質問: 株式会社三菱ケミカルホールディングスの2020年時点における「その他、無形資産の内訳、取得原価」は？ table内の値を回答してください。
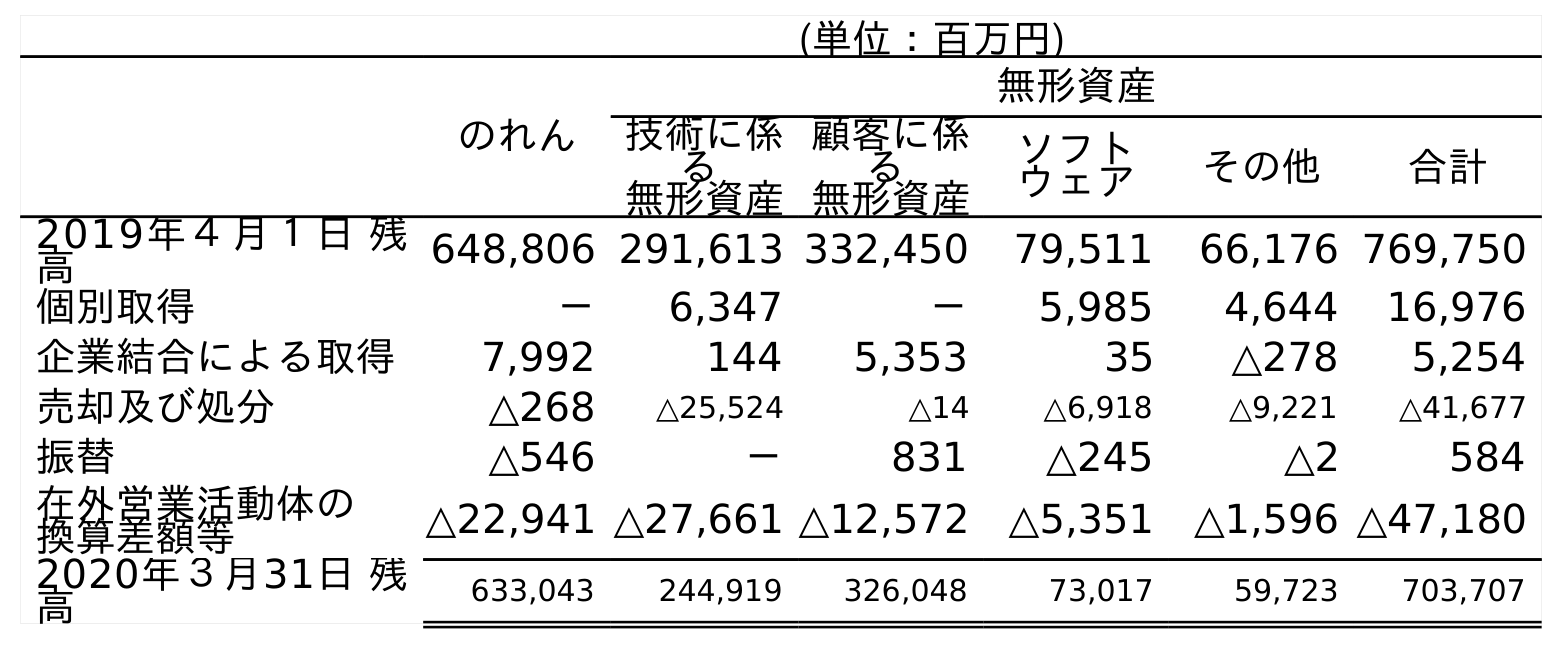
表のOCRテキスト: (単位：百万円) のれん 無形資産 技術に係 る 無形資産 顧客に係 る 無形資産 ソフト ウェア その他 合計 2019年４月１日 残 高 648,806 291,613 332,450 79,511 66,176 769,750 個別取得 － 6,347 － 5,985 4,644 16,976 企業結合による取得 7,992 144 5,353 35 △278 5,254 売却及び処分 △268 △25,524 △14 △6,918 △9,221 △41,677 振替 △546 － 831 △245 △2 584 在外営業活動体の 換算差額等 △22,941 △27,661 △12,572 △5,351 △1,596 △47,180 2020年３月31日 残 高 633,043 244,919 326,048 73,017 59,723 703,707
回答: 59,723